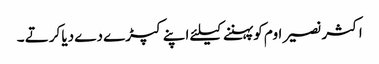
اکثر نصیر اوم کو پہننے کیلئے اپنے کپڑے دے دیا کرتے ۔